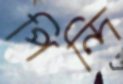
পিন্দি